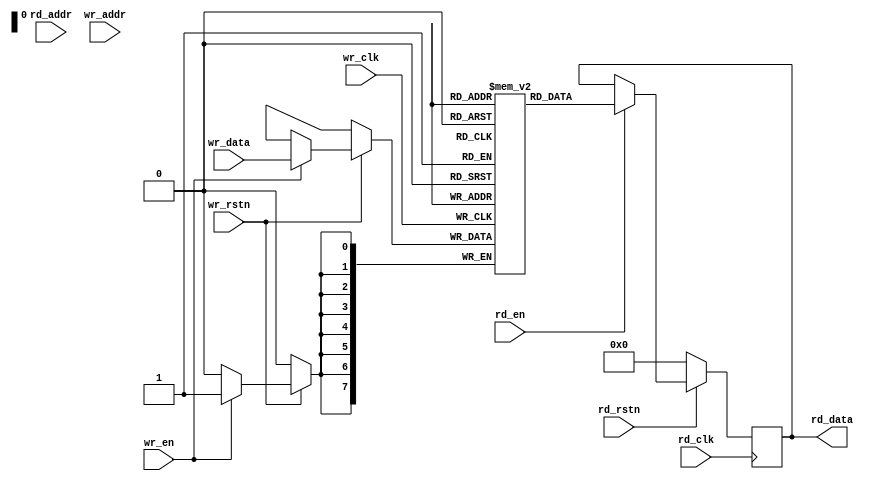
// ***************************************************************************
// ***************************************************************************
// @FILE    util_fifo_mem.v
// @AUTHOR  JAY CONVERTINO
// @DATE    2021.06.29
// @BRIEF   Generic Dual Port Memory
//
// @LICENSE MIT
//  Copyright 2021 Jay Convertino
//
//  Permission is hereby granted, free of charge, to any person obtaining a copy
//  of this software and associated documentation files (the "Software"), to 
//  deal in the Software without restriction, including without limitation the
//  rights to use, copy, modify, merge, publish, distribute, sublicense, and/or 
//  sell copies of the Software, and to permit persons to whom the Software is 
//  furnished to do so, subject to the following conditions:
//
//  The above copyright notice and this permission notice shall be included in 
//  all copies or substantial portions of the Software.
//
//  THE SOFTWARE IS PROVIDED "AS IS", WITHOUT WARRANTY OF ANY KIND, EXPRESS OR 
//  IMPLIED, INCLUDING BUT NOT LIMITED TO THE WARRANTIES OF MERCHANTABILITY, 
//  FITNESS FOR A PARTICULAR PURPOSE AND NONINFRINGEMENT. IN NO EVENT SHALL THE
//  AUTHORS OR COPYRIGHT HOLDERS BE LIABLE FOR ANY CLAIM, DAMAGES OR OTHER 
//  LIABILITY, WHETHER IN AN ACTION OF CONTRACT, TORT OR OTHERWISE, ARISING 
//  FROM, OUT OF OR IN CONNECTION WITH THE SOFTWARE OR THE USE OR OTHER DEALINGS
//  IN THE SOFTWARE.
// ***************************************************************************
// ***************************************************************************

`timescale 1ns/100ps

// fifo memory
module util_fifo_mem #(
    parameter FIFO_DEPTH = 1,
    parameter BYTE_WIDTH = 1,
    parameter ADDR_WIDTH = 1,
    parameter RAM_TYPE   = "block"
  )
  (
    // read output
    input rd_clk,
    input rd_rstn,
    input rd_en,
    output reg [(BYTE_WIDTH*8)-1:0] rd_data,
    input [ADDR_WIDTH-1:0] rd_addr,
    // write input
    input wr_clk,
    input wr_rstn,
    input wr_en,
    input [(BYTE_WIDTH*8)-1:0] wr_data,
    input [ADDR_WIDTH-1:0] wr_addr
  );
  
  (* ram_style = RAM_TYPE *) reg [(BYTE_WIDTH*8)-1:0] fifo_ram[FIFO_DEPTH-1:0];

  // Produce data for the buffer from the write input.
  always @(posedge wr_clk) begin
    if(wr_rstn != 1'b0) begin
      if(wr_en == 1'b1) begin
        fifo_ram[wr_addr] <= wr_data;
      end
    end
  end
  
  // Consume data from the buffer for the read output.
  always @(posedge rd_clk) begin
    if(rd_rstn == 1'b0) begin
      rd_data <= 0;
    end else begin
      if(rd_en == 1'b1) begin
        rd_data <= fifo_ram[rd_addr];
      end
    end
  end
  
endmodule